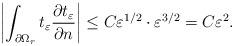
LaTeX: \begin{align*} \left|\int_{\partial\Omega_r}t_\varepsilon\frac{\partial t_\varepsilon}{\partial n}\right|\leq C\varepsilon^{1/2}\cdot\varepsilon^{3/2}=C\varepsilon^2. \end{align*}